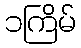
၁ကြိမ်